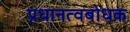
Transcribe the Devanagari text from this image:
प्रधानत्वबोधक